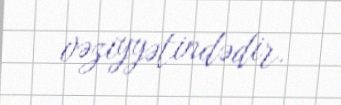
vəziyyətindədir.